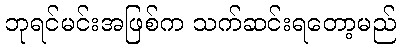
ဘုရင်မင်းအဖြစ်က သက်ဆင်းရတော့မည်